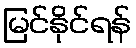
မြင်နိုင်ရန်